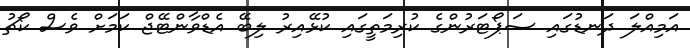
އަމިއްލަ ދަނޑުގައި ސަޕޯޓަރުންގެ ކުރިމަތީގައި ކުޅޭއިރު ލިބޭ އެޑްވާންޓޭޖް ކަމަށް ވެސް ކޯޗު